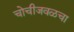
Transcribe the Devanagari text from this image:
चोचीजवळचा